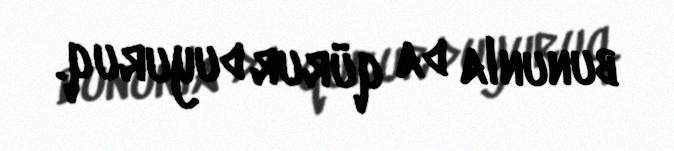
bununla da qürur duyuruq.